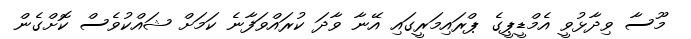
މޫސާ ވިދާޅުވީ އެމްޑީޕީގެ ޕްރައިމަރީގައި އޭނާ ވާދަ ކުރައްވަފާނެ ކަމަށް ޝައްކުވެސް ކޮށްގެން